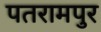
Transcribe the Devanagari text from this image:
पतरामपुर